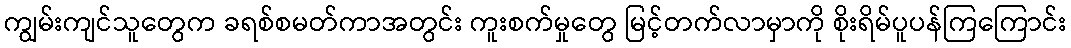
ကျွမ်းကျင်သူတွေက ခရစ်စမတ်ကာအတွင်း ကူးစက်မှုတွေ မြင့်တက်လာမှာကို စိုးရိမ်ပူပန်ကြကြောင်း